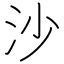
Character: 沙